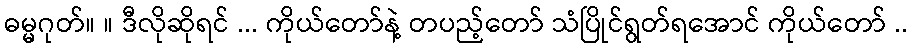
ဓမ္မဂုတ်။ ။ ဒီလိုဆိုရင် ... ကိုယ်တော်နဲ့ တပည့်တော် သံပြိုင်ရွတ်ရအောင် ကိုယ်တော် ..